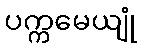
ပက္ကမေယျုံ